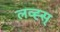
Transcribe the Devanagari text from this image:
लव्ह्स्